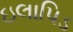
ઇલાપિડ